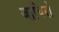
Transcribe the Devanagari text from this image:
जाचिदो